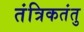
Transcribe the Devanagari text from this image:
तंत्रिकतंतु